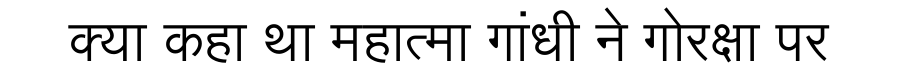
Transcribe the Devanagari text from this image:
क्या कहा था महात्मा गांधी ने गोरक्षा पर